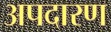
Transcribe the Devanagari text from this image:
अपदारण